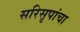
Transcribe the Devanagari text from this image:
सरिसृपांचा